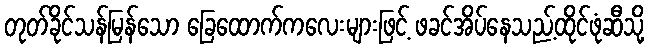
တုတ်ခိုင်သန်မြန်သော ခြေထောက်ကလေးများဖြင့် ဖခင်အိပ်နေသည့်ထိုင်ဖုံဆီသို့